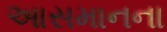
આસમાનના